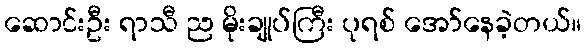
ဆောင်းဦး ရာသီ ည မိုးချုပ်ကြီး ပုရစ် အော်နေခဲ့တယ်။